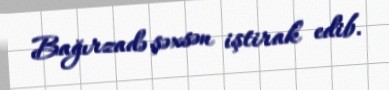
Bağırzadə şəxsən iştirak edib.